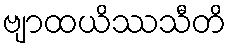
ဗျာထယိဿသီတိ